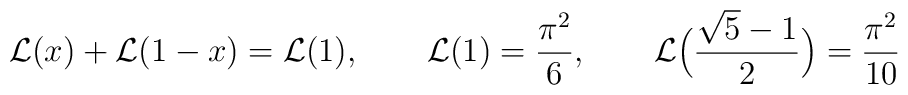
{\cal L}(x)+{\cal L}(1-x)={\cal L}(1),\qquad {\cal L}(1)={\pi^2\over6},\qquad {\cal L} \Big({\sqrt{5}- 1\over2}\Big)= {\pi^2\over10}